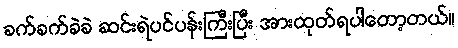
ခက်ခက်ခဲခဲ ဆင်းရဲပင်ပန်းကြီးပြီး အားထုတ်ရပါတော့တယ်။